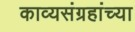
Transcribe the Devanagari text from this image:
काव्यसंग्रहांच्या